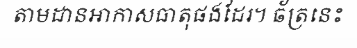
តាមដានអាកាសធាតុផងដែរ។ ឆ័ត្រនេះ